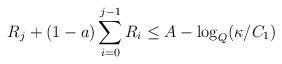
LaTeX: \begin{align*}R_j + (1 - a) \sum_{i = 0}^{j - 1} R_i \leq A - \log_Q(\kappa/C_1)\end{align*}